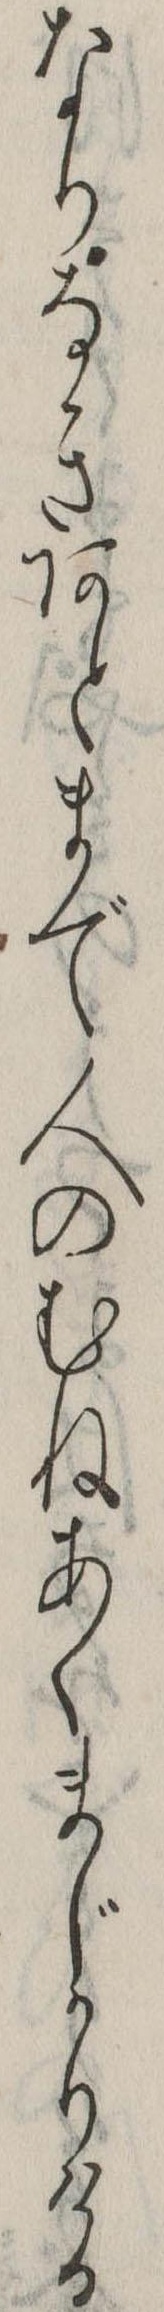
なりなきあとまで人のむねあくまじかりける